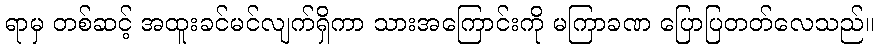
ရာမှ တစ်ဆင့် အထူးခင်မင်လျက်ရှိကာ သားအကြောင်းကို မကြာခဏ ပြောပြတတ်လေသည်။